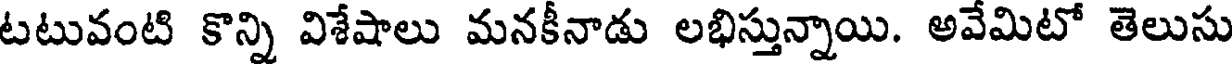
టటువంటి కొన్ని విశేషాలు మనకీనాడు లభిస్తున్నాయి. అవేమిటో తెలుసు